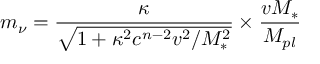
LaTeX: m _ { \nu } = \frac { \kappa } { \sqrt { 1 + \kappa ^ { 2 } c ^ { n - 2 } v ^ { 2 } / M _ { * } ^ { 2 } } } \times \frac { v M _ { * } } { M _ { p l } }